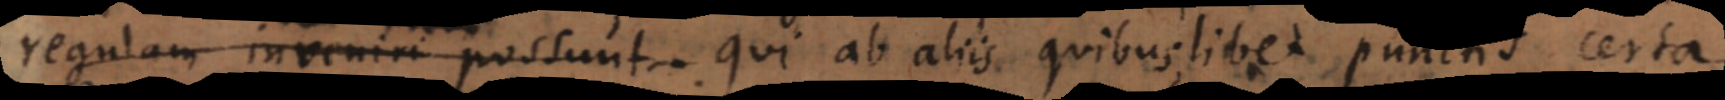
re quam qui assignatur qui ab aliis quibuslibet punctis certa